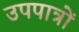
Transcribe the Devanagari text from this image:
उपपात्रों